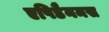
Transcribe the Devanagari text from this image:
एपिडैनमस